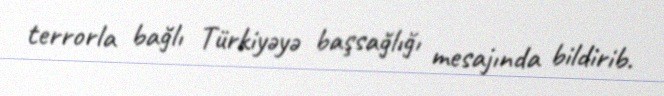
terrorla bağlı Türkiyəyə başsağlığı mesajında bildirib.